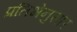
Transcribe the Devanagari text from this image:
प्रतिभेनुसार